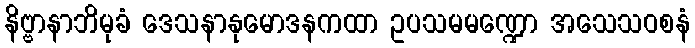
နိဗ္ဗာနာဘိမုခံ ဒေသနာနုမောဒနကထာ ဥပသမမဏ္ဍော အသေသဝစနံ